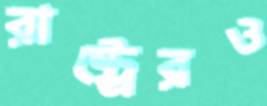
রাষ্ট্রেরও